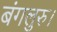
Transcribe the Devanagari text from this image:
बंगलुरु।